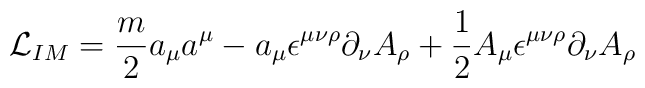
{\cal L}_{IM}={m \over 2}a_\mu a^\mu - a_\mu \epsilon^{\mu\nu \rho}\partial_\nu A_\rho +  {1 \over 2}A_\mu\epsilon^{\mu \nu \rho}\partial_\nu A_\rho